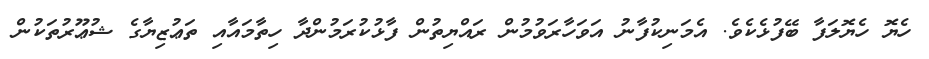
ހެޔޮ ހެޔޮލަފާ ބޭފުޅެކެވެ. އެމަނިކުފާނު އަވަހާރަވުމުން ރައްޔިތުން ފާޅުކުރަމުންދާ ހިތާމައާއި ތަޢުޒިޔާގެ ޝުޢޫރުތަކުން